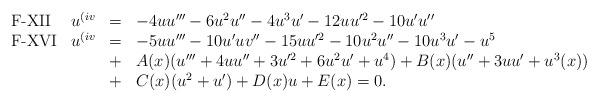
LaTeX: \begin{align*}\begin{array}{lrcl}\textrm{F-XII}& u^{(iv} &=& - 4uu''' - 6u^2u'' - 4u^3u' - 12 uu^{\prime 2} - 10u'u'' \\\textrm{F-XVI}& u^{(iv} &=& -5uu''' - 10u'uv'' - 15 uu^{\prime2} - 10u^2u'' - 10u^3u' - u^5 \\ &&+& A(x)(u''' + 4uu'' + 3u^{\prime 2} + 6u^2u'+ u^4)+ B(x)(u'' + 3uu' + u^3(x)) \\ &&+& C(x)(u^2 + u')+ D(x)u + E(x) = 0. \,\end{array}\end{align*}